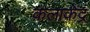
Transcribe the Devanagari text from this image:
कलाकेंद्र